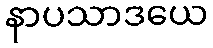
နာပသာဒယေ